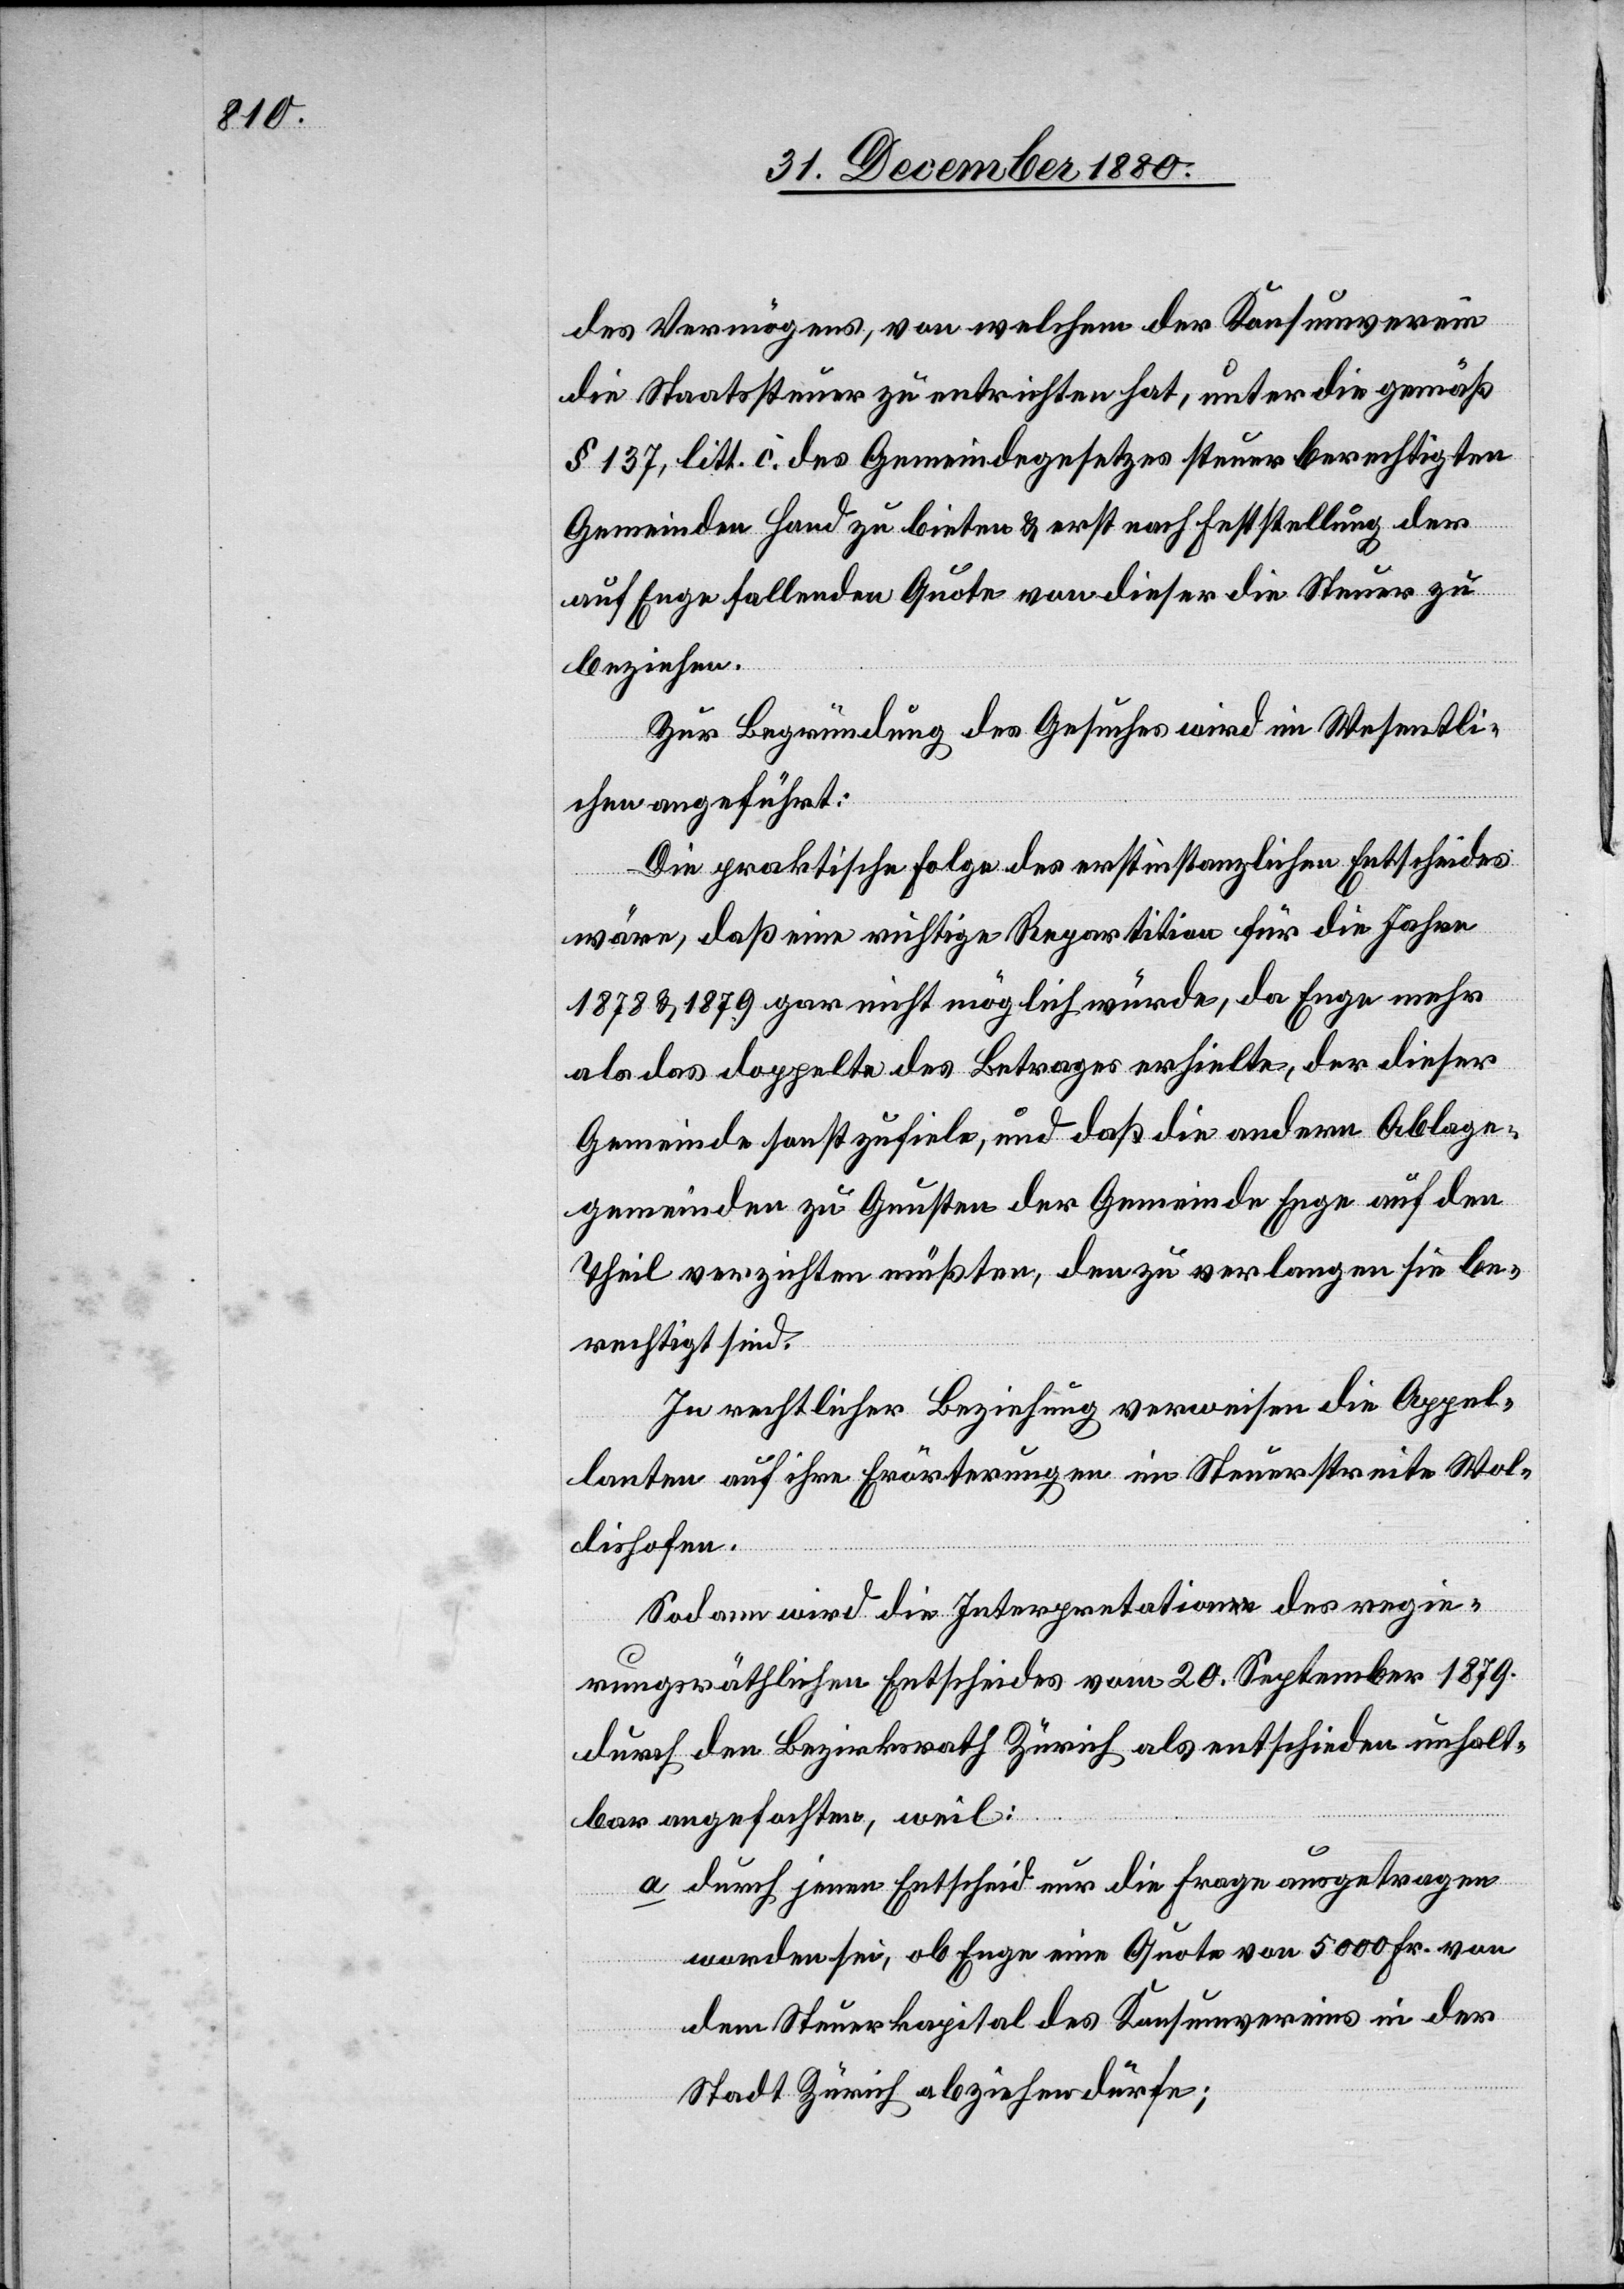
des Vermögens von welchem der Konsumverein
die Staatssteuer zu entrichten hat, unter die gemäß
§ 137, litt. c. des Gemeindegesetzes steuerberechtigten
Gemeinden Hand zu bieten & erst nach Feststellung der
auf Enge fallenden Quote von dieser die Steuer zu
beziehen.
Zur Begründung des Gesuches wird im Wesentli¬
chen angeführt:
Die praktische Folge des erstinstanzlichen Entscheides
wäre, daß eine richtige Repartition für die Jahre
1878 & 1879 gar nicht möglich würde, da Enge mehr
als das doppelte des Betrages erhielte, der dieser
Gemeinde sonst zufiele, und daß die andern Ablage¬
gemeinden zu Gunsten der Gemeinde Enge auf den
Theil verzichten müßten, den zu verlangen sie be¬
rechtigt sind.
In rechtlicher Beziehung verweisen die Appel¬
lanten auf ihre Erörterungen im Steuerstreite Wol¬
lishofen.
Sodann wird die Interpretation des regie¬
rungsräthlichen Entscheides vom 20. September 1879
durch den Bezirksrath Zürich als entschieden unhalt¬
bar angefochten, weil:
a. durch jenen Entscheid nur die Frage ausgetragen
werden sei, ob Enge eine Quote von 5000 Fr. von
dem Steuerkapital des Konsumvereins in der
Stadt Zürich abziehen dürfe;